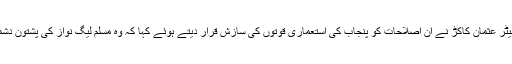
پختونخوا ملی عوامی پارٹی کے رہنما سینیٹر عثمان کاکڑ نے ان اصلاحات کو پنجاب کی استعماری قوتوں کی سازش قرار دیتے ہوئے کہا کہ وہ مسلم لیگ نواز کی پشتون دشمنی کی سخت الفاظ میں مذمت کرتے ہیں۔